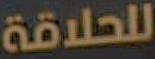
للحلاقة